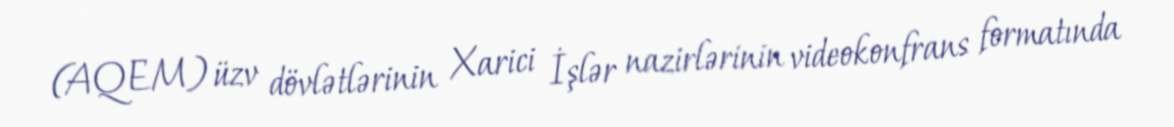
(AQEM) üzv dövlətlərinin Xarici İşlər nazirlərinin videokonfrans formatında